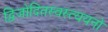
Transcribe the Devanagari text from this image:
द्विजोदितस्वस्त्ययनो